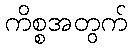
ကိစ္စအတွက်